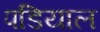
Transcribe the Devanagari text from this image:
पडियाल